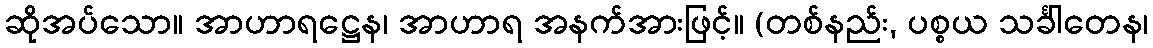
ဆိုအပ်သော။ အာဟာရဋ္ဌေန၊ အာဟာရ အနက်အားဖြင့်။ (တစ်နည်း, ပစ္စယ သင်္ခါတေန၊